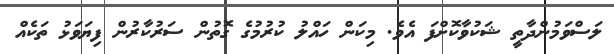
ލަސްވަމުންދާތީ ޝަކުވާކޮށްފަ އެވެ. މިކަން ހައްލު ކުރުމުގެ ގޮތުން ސަރުކާރުން ފިޔަވަޅު ތަކެއް